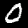
Label: 0